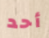
أحد